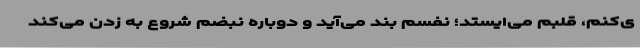
ی‌کنم، قلبم می‌ایستد؛ نفسم بند می‌آید و دوباره نبضم شروع به زدن می‌کند